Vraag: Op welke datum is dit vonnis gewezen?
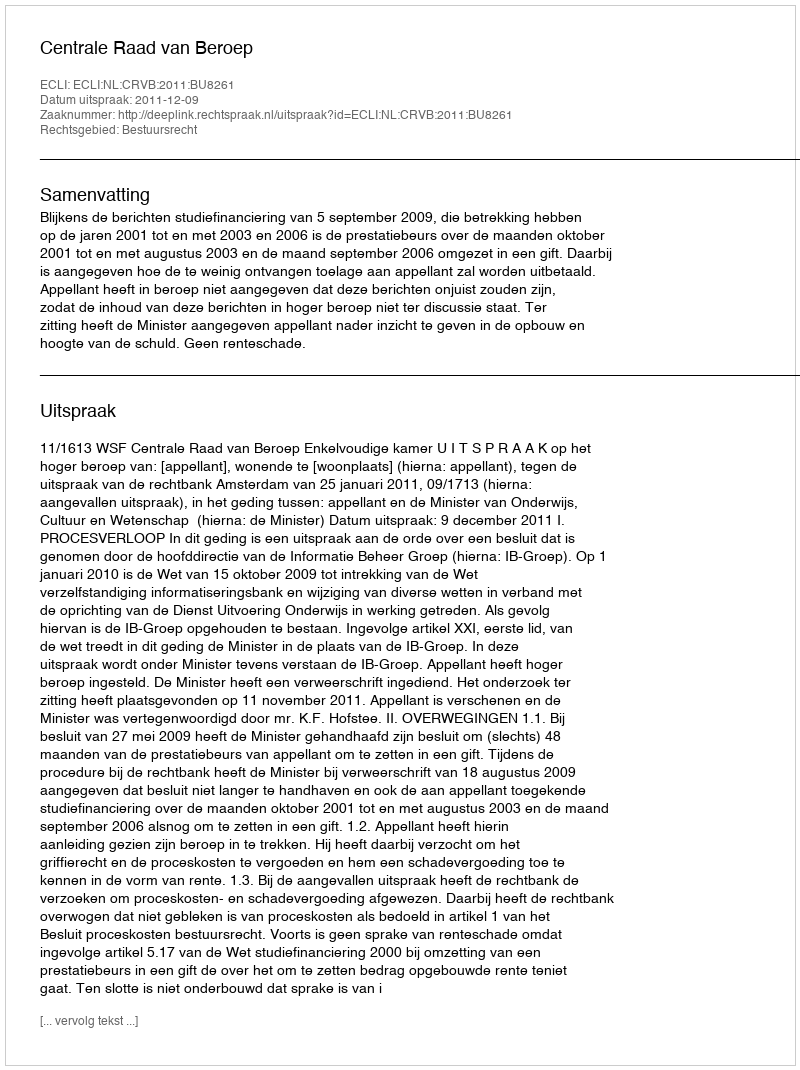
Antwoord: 2011-12-09